Civil Veterinary Department Bihar & Orissa reports 1922-29 - 1922-1929
Year: 1922
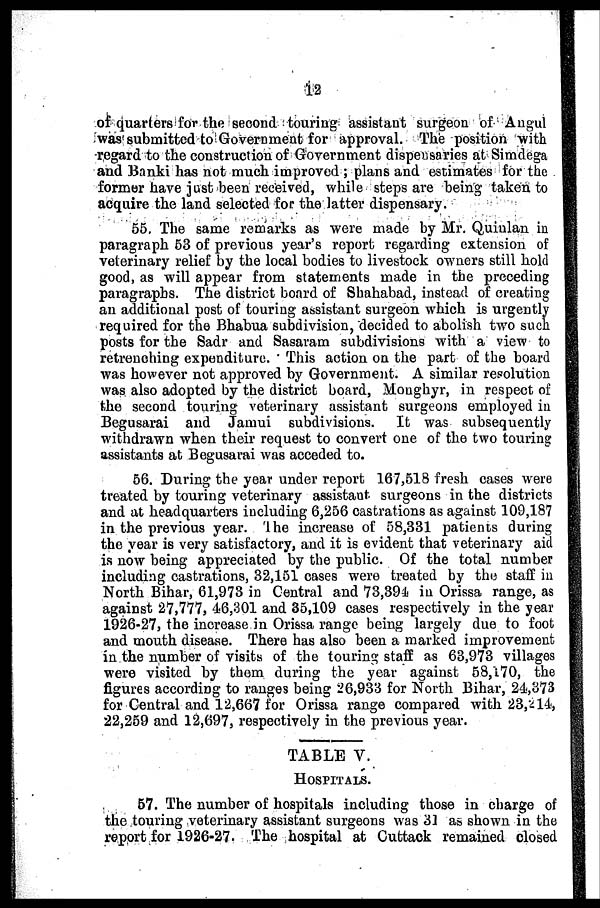
12
of quarters for the second touring assistant surgeon of Angul
was submitted to Government for approval. The position with
regard to the construction of Government dispensaries at Simdega
and Banki has not much improved ; plans and estimates for the
former have just been received, while steps are being taken to
acquire the land selected for the latter dispensary.
55. The same remarks as were made by Mr. Quinlan in
paragraph 53 of previous year's report regarding extension of
veterinary relief by the local bodies to livestock owners still hold
good, as will appear from statements made in the preceding
paragraphs. The district board of Shahabad, instead of creating
an additional post of touring assistant surgeon which is urgently
required for the Bhabua subdivision, decided to abolish two such
posts for the Sadr and Sasaram subdivisions with a view to
retrenching expenditure. This action on the part of the board
was however not approved by Government. A similar resolution
was also adopted by the district board, Moughyr, in respect of
the second touring veterinary assistant surgeons employed in
Begusarai and Jamui subdivisions. It was subsequently
withdrawn when their request to convert one of the two touring
assistants at Begusarai was acceded to.
56. During the year under report 167,518 fresh cases were
treated by touring veterinary assistant surgeons in the districts
and at headquarters including 6,256 castrations as against 109,187
in the previous year, 'The increase of 58,331 patients during
the year is very satisfactory, and it is evident that veterinary aid
is now being appreciated by the public. Of the total number
including castrations, 32,151 cases were treated by the staff in
North Bihar, 61,973 in Central and 73,391- in Orissa range, as
against 27,777, 46,301 and 35,109 cases respectively in the year
1926-27, the increase in Orissa range being largely due to foot
and mouth disease. There has also been a marked improvement
in the number of visits of the touring staff as 63,973 villages
were visited by them during the year against 58,170, the
figures according to ranges being 26,933 for North Bihar, 24,373
for Central and 12,667 for Orissa range compared with 23,214,
22,259 and 12,697, respectively in the previous year.
TABLE V.
HOSPITALS.
57. The number of hospitals including those in charge of
the touring veterinary assistant surgeons was 31 as shown in the
report for 1926-27. The hospital at Cuttack remained closed